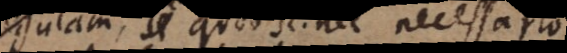
regulam, quod sc. nec necessario